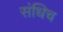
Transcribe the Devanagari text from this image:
संधिच